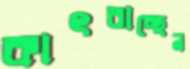
কাৎরাচ্ছেন